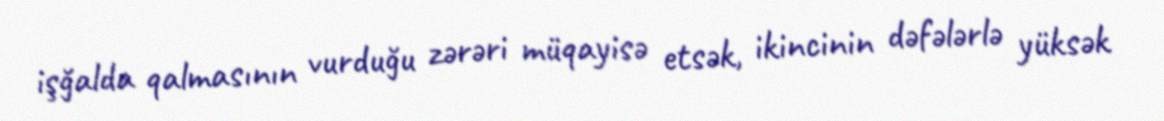
işğalda qalmasının vurduğu zərəri müqayisə etsək, ikincinin dəfələrlə yüksək